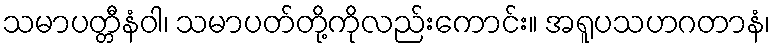
သမာပတ္တီနံဝါ၊ သမာပတ်တို့ကိုလည်းကောင်း။ အရူပသဟဂတာနံ၊